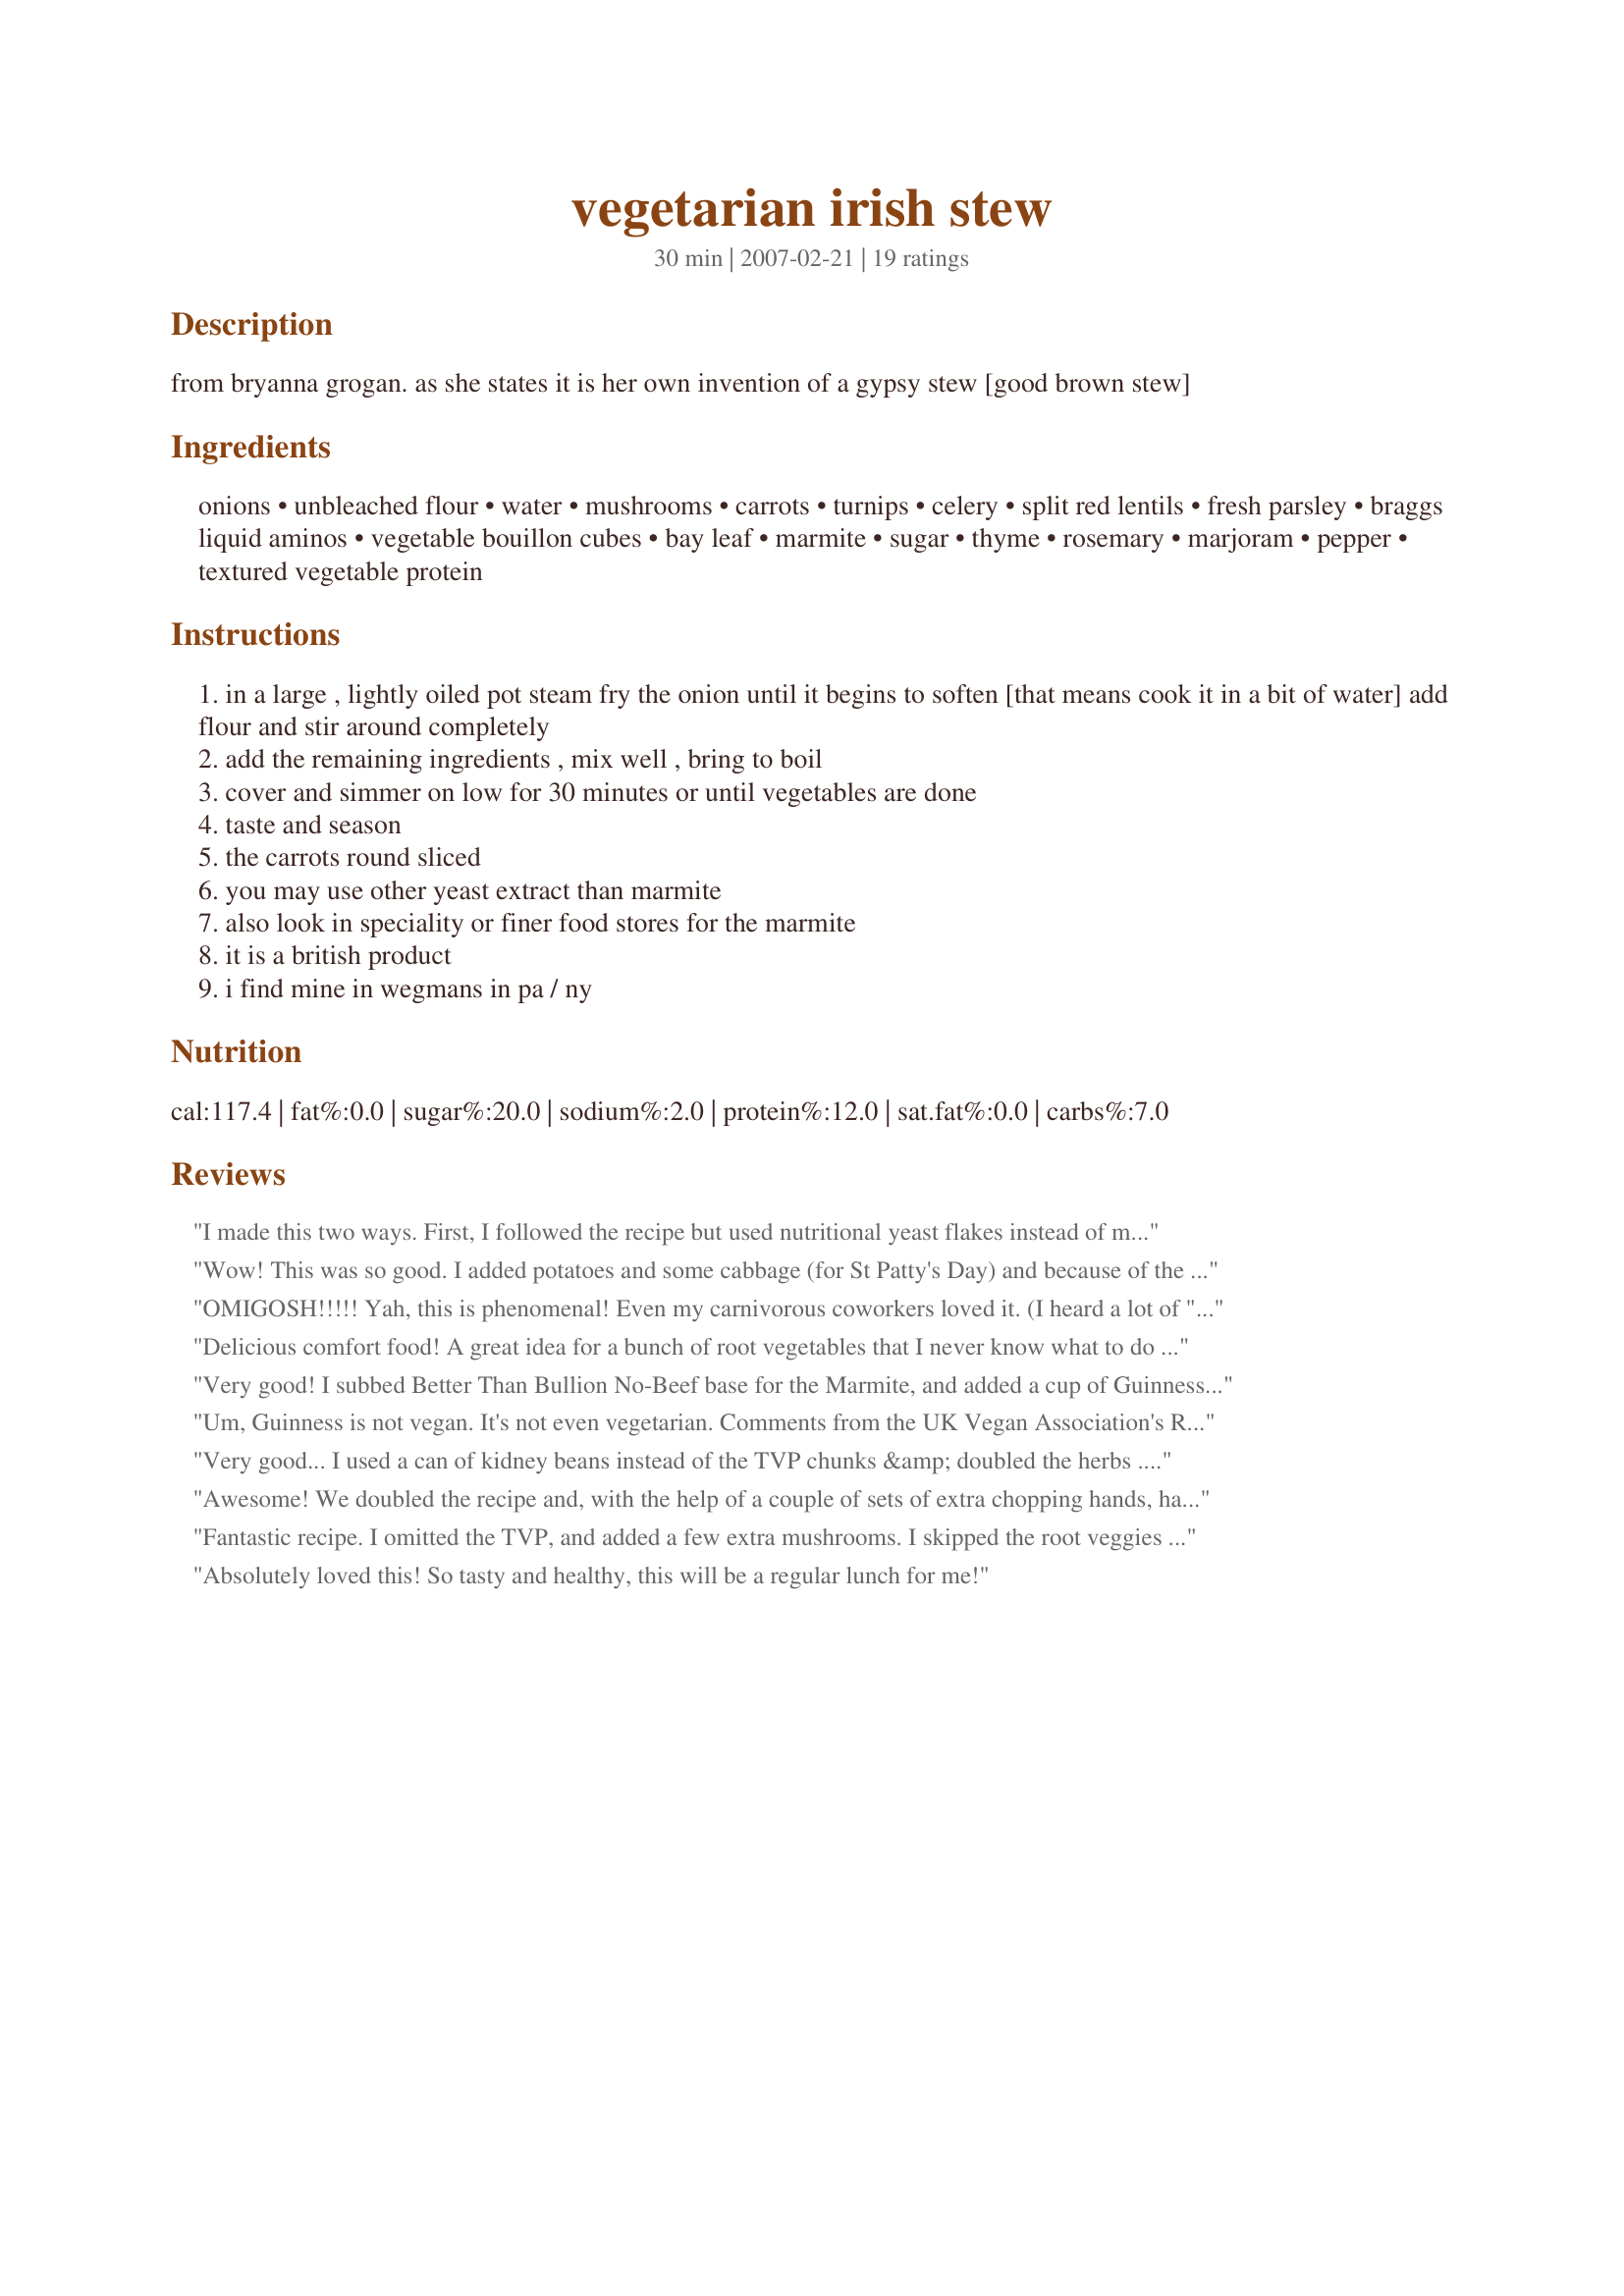
vegetarian irish stew
Preparation time: 30 minutes

from bryanna grogan. as she states it is her own invention of a gypsy stew [good brown stew]

Ingredients:
onions, unbleached flour, water, mushrooms, carrots, turnips, celery, split red lentils, fresh parsley, braggs liquid aminos, vegetable bouillon cubes, bay leaf, marmite, sugar, thyme, rosemary, marjoram, pepper, textured vegetable protein

Steps:
in a large , lightly oiled pot steam fry the onion until it begins to soften [that means cook it in a bit of water] add flour and stir around completely
add the remaining ingredients , mix well , bring to boil
cover and simmer on low for 30 minutes or until vegetables are done
taste and season
the carrots round sliced
you may use other yeast extract than marmite
also look in speciality or finer food stores for the marmite
it is a british product
i find mine in wegmans in pa / ny

Reviews:
I made this two ways. First, I followed the recipe but used nutritional yeast flakes instead of marmite and TVP flakes instead of chunks. Then I made it substituting venison cubes for the TVP and Yukon gold potatoes for the rutabagas. Both versions were good!
Wow! This was so good. I added potatoes and some cabbage (for St Patty's Day) and because of the extra veggies added another cup of water and about 3 more Tbs of Braggs. Great comfort food and so very healthy!
OMIGOSH!!!!! Yah, this is phenomenal! Even my carnivorous coworkers loved it. (I heard a lot of "tastes like chicken" about the TVP). I used frozen pearl onions instead of dicing, frozen sliced carrots, and I threw it all in the crockpot on HIGH for 4-5 hours. It was a HUGE hit!! Keep in mind, it will be salty because of the bouillon, marmite, and Braggs, but that's part of what makes it taste like real Irish stew. (Might try nutritional yeast instead of marmite next time - will thicken as well.) Also, I used more Guinness. Can't go wrong with that! ;o)
Delicious comfort food! A great idea for a bunch of root vegetables that I never know what to do with. Don't let the 1-star review fool you; that was merely a complaint about beer which is not actually an ingredient in the recipe. However, beer sounded like a good idea to me so I threw in a Sam Adams and it turned out really yummy.
Very good! I subbed Better Than Bullion No-Beef base for the Marmite, and added a cup of Guinness, doing my best to ignore the fish bladder thing. I subbed some homemade veggie broth for the water for some extra flavor. I also left out the fake meat and added a few extra lentils. I cooked up the onions as directed, then threw it all in the crock pot. I didn't get home until later than expected, so it cooked for about 12 hours. It was a little runny (the whole crock pot thing) so I added a bit of corn starch. Served it over red potatos mashed with scallions (I modified this recipe: http://www.recipezaar.com/Mashed-Potatoes-With-Green-Onions-54618), and some irish soda bread (SO GOOD: http://www.recipezaar.com/Irish-Rosies-Irish-Soda-Bread-20616). Great St. Paddy's Day meal!
Um, Guinness is not vegan. It's not even vegetarian.

Comments from the UK Vegan Association's Raspberry Award to Guinness:

Guinness's production techniques make use of Isinglass a type of gelatin made from the bladders of fish to remove yeast from the stout. Yet vegan-friendly companies such as Samuel Smiths and Pitfield Brewery have shown that fish-free vegan stout is possible.
Very good... I used a can of kidney beans instead of the TVP chunks &amp; doubled the herbs ... It could take various combos &amp; amounts of veggies
Awesome! We doubled the recipe and, with the help of a couple of sets of extra chopping hands, had it and the individual Irish soda breads on the table in under an hour after a busy day! So good, we did it two days in a row! Thanks!!!
Fantastic recipe. I omitted the TVP, and added a few extra mushrooms. I skipped the root veggies and used 2 cups of fingering potatoes. I could have added an extra 1/2 cup of red lentils...regardless it was great!
Absolutely loved this! So tasty and healthy, this will be a regular lunch for me!
Sooooooo good!
Made this for St Paddy’s Day .. served it with dumplings, Champ and the not so Irish vegetarian chorizo sausages ... really enjoyed it
Superb! I am impressed. I really wasn't sure about this one. The broth sounded bland. Wasn't sure about the lentils. But it really comes out super! I made it exactly as written using rutabega and parsnips (except I substituted diced seitan for the TVP, and nutritional yeast for the maramite) At the end of the cooking time It had boiled down and I thought it was a bit thin. So I added another 1/4 cup lentils, a cup of carrots and another cup of mushrooms. I left it to simmer on low heat for about another 40 minutes. The house smelled wonderful! This is just like regular old fashion stew!
Really looking forward to trying this one out on my Vegitarian Au Pair. I'm Irish and regularily make stews very similar to this one, normally with beef though. Little suggestion serve with mashed potato and/or add chunks of potato to the stew.
Excellent! The perfect dinner for a drizzly fall night. The only changes I made were to use a tablespoon of nutritional yeast, 1 cup of chopped parsley and 2 teaspoons of veggie soup base. After I dded the flour to the onion I cooked it a little to get the flour slightly cooked and then added the Bragg's and cooked a minute longer and then dumped everything else in. I'm only mentioning this because it turned out so well I would like the same results next time I make this delicious recipe. I served it over whipped mashed potatoes and we loved it! Thanks for sharing the keeper recipe!
I took this to a Lenten potluck dinner. It was delicious and I received many compliments. Once you get the ingredients together, it&#039;s very easy to make. I found the split red lentils in a natural foods grocery store and I used nutritional yeast flakes instead of the marmite. Also used textured nutritional flakes made from soy which worked fine. I made it on the stove in a pot and then transferred it to a crock pot that I took to church. I will definitely make this again, it&#039;s a pleasant and tasty change from my typical Lenten chili.
Just made this tonight in prep for tomorrow and it turned out very tasty! Think it'll be even better reheated. My only substitute was using equal amounts of nutritional yeast instead of marmite, and cubed tempeh instead of TVP. I also added in a bottle of Guinness (to my doubled recipe). The veggie bouillon I used is Rapunzel's no salt. I added only 1 cube per the recipe's 3 cubes, but generous on the other dried herbs. While red lentils may not be traditional, you can't even tell they are there. Seemed to add thickness and texture. I've never had true Irish stew, but this is hearty and wonderful vegetarian stew!
Lovely on a stormy night. Great flavor and texture. Thanks for posting!
I made this for a belated St Pat's feast, and it was my first experience with Marmite. It's, um, unpleasant in general, but absolutely great in this recipe. I used cubed tofu rather than TVP because I couldn't find chunk TVP. The tofu feel apart as the stew cooked, so that was a mistake, but it still tasted good. When I make this again (and I definitely will), I'll search harder for chunk TVP or just use the granule kind. Thanks for posting!
